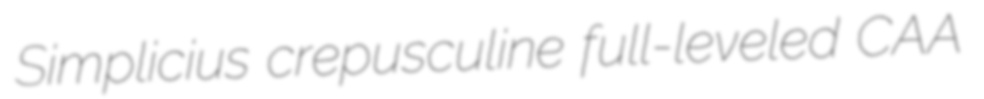
Simplicius crepusculine full-leveled CAA